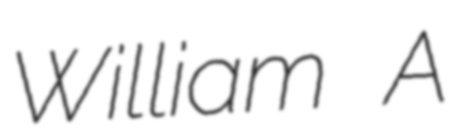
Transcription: William A